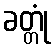
ခတ္တုံ